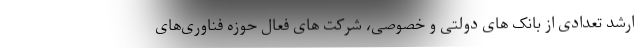
ارشد تعدادی از بانک های دولتی و خصوصی، شرکت های فعال حوزه فناوری‌های